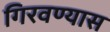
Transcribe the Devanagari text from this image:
गिरवण्यास